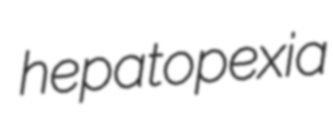
hepatopexia